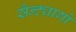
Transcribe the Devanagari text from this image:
सैन्ट्यागो